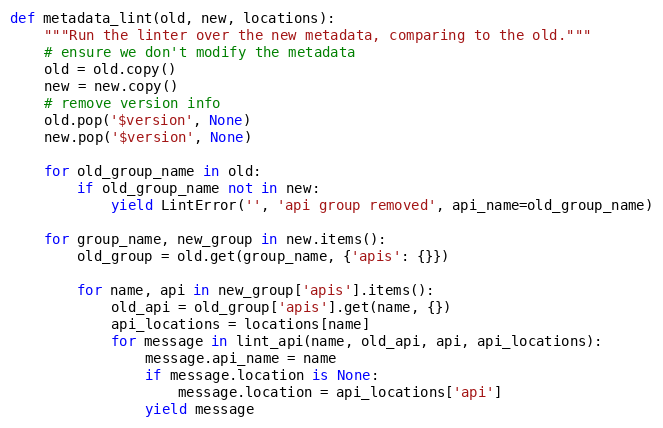
Language: Python
def metadata_lint(old, new, locations):
    """Run the linter over the new metadata, comparing to the old."""
    # ensure we don't modify the metadata
    old = old.copy()
    new = new.copy()
    # remove version info
    old.pop('$version', None)
    new.pop('$version', None)

    for old_group_name in old:
        if old_group_name not in new:
            yield LintError('', 'api group removed', api_name=old_group_name)

    for group_name, new_group in new.items():
        old_group = old.get(group_name, {'apis': {}})

        for name, api in new_group['apis'].items():
            old_api = old_group['apis'].get(name, {})
            api_locations = locations[name]
            for message in lint_api(name, old_api, api, api_locations):
                message.api_name = name
                if message.location is None:
                    message.location = api_locations['api']
                yield message